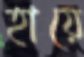
হায়ে